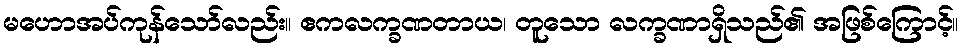
မဟောအပ်ကုန်သော်လည်း။ ဧကလက္ခဏတာယ၊ တူသော လက္ခဏာရှိသည်၏ အဖြစ်ကြောင့်။